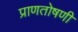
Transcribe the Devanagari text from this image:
प्राणतोषणी